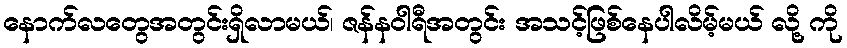
နောက်လတွေအတွင်းရှိလာမယ်၊ ဇန်နဝါရီအတွင်း အသင့်ဖြစ်နေပါလိမ့်မယ် လို့ ကို